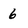
Character: 6